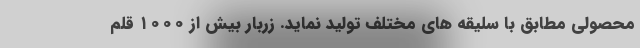
محصولی مطابق با سلیقه های مختلف تولید نماید. زربار بیش از ۱۰۰۰ قلم